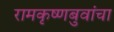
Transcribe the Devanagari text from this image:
रामकृष्णबुवांचा